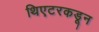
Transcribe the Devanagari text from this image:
थिएटरकडून